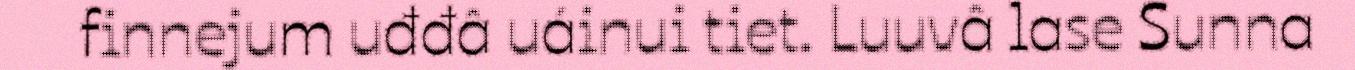
finnejum uđđâ uáinui tiet. Luuvâ lase Sunna